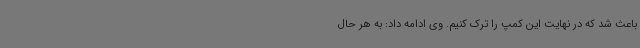
باعث شد که در نهایت این کمپ را ترک کنیم. وی ادامه داد: به هر حال